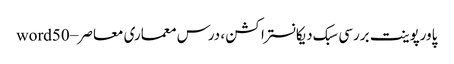
پاورپوینت بررسی سبک دیکانستراکشن ، درس معماری معاصر – word50